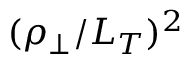
( \rho _ { \perp } / L _ { T } ) ^ { 2 }